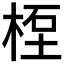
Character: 𥒯